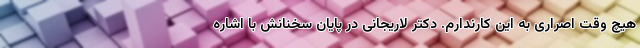
هیچ وقت اصراری به این کارندارم. دکتر لاریجانی در پایان سخنانش با اشاره